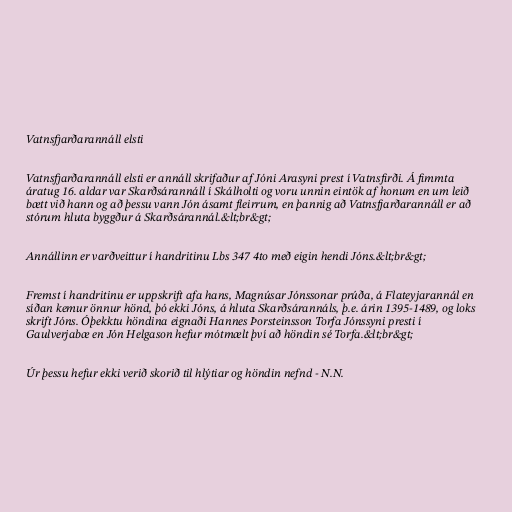
Vatnsfjarðarannáll elsti

Vatnsfjarðarannáll elsti er annáll skrifaður af Jóni Arasyni prest í Vatnsfirði. Á fimmta
áratug 16. aldar var Skarðsárannáll í Skálholti og voru unnin eintök af honum en um leið
bætt við hann og að þessu vann Jón ásamt fleirrum, en þannig að Vatnsfjarðarannáll er að
stórum hluta byggður á Skarðsárannál.&lt;br&gt;

Annállinn er varðveittur í handritinu Lbs 347 4to með eigin hendi Jóns.&lt;br&gt;

Fremst í handritinu er uppskrift afa hans, Magnúsar Jónssonar prúða, á Flateyjarannál en
síðan kemur önnur hönd, þó ekki Jóns, á hluta Skarðsárannáls, þ.e. árin 1395-1489, og loks
skrift Jóns. Óþekktu höndina eignaði Hannes Þorsteinsson Torfa Jónssyni presti í
Gaulverjabæ en Jón Helgason hefur mótmælt því að höndin sé Torfa.&lt;br&gt;

Úr þessu hefur ekki verið skorið til hlýtiar og höndin nefnd - N.N.